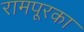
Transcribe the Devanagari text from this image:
रामपूरका